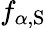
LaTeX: f_{\alpha,\mathrm{S}}